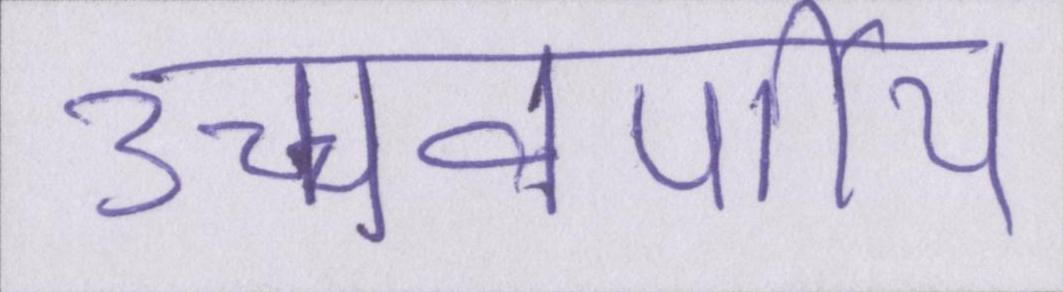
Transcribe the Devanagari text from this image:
उच्चवर्णीय